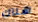
هناك